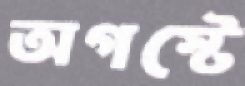
অগস্টে